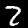
Label: 2